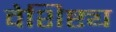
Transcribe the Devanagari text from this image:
वेशिष्ट्य